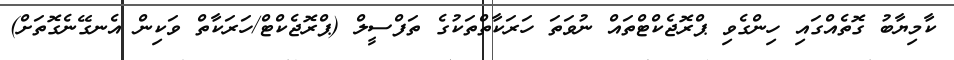
ކާމިޔާބު ގޮތެއްގައި ހިންގެވި ޕްރޮޖެކްޓްތައް ނުވަތަ ހަރަކާތްތަކުގެ ތަފްސީލް (ޕްރޮޖެކްޓް/ހަރަކާތް ވަކިން އެނގޭނެގޮތަށް)